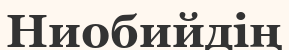
Ниобийдің